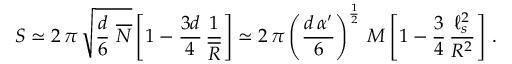
S \simeq 2 \, \pi \, \sqrt { \frac { d } { 6 } \ \overline { { N } } } \left[ 1 - \frac { 3 d } { 4 } \, \frac { 1 } { \overline { { { \cal R } } } } \right] \simeq 2 \, \pi \left( \frac { d \, \alpha ^ { \prime } } { 6 } \right) ^ { \frac { 1 } { 2 } } \, M \left[ 1 - \frac { 3 } { 4 } \, \frac { \ell _ { s } ^ { 2 } } { R ^ { 2 } } \right] \, .